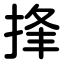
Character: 捀